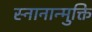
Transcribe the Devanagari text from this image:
स्नानान्मुक्ति